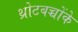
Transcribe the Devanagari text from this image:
थ्रोटबच्चोंके